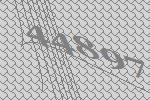
44897